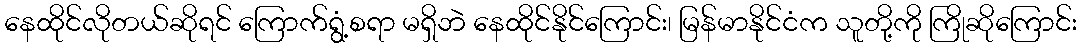
နေထိုင်လိုတယ်ဆိုရင် ကြောက်ရွံ့စရာ မရှိဘဲ နေထိုင်နိုင်ကြောင်း၊ မြန်မာနိုင်ငံက သူတို့ကို ကြိုဆိုကြောင်း